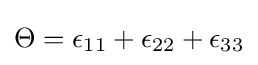
{\Theta }={\epsilon }_{11}+{\epsilon }_{22}+{\epsilon }_{33}